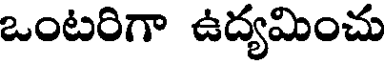
ఒంటరిగా ఉద్యమించు